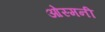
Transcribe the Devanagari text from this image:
ओस्मनी